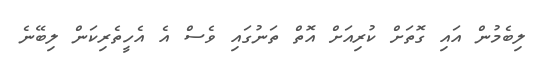
ލިބެމުން އައި ގޮތަށް ކުރިއަށް އޮތް ތަނުގައި ވެސް އެ އެހީތެރިކަން ލިބޭނެ